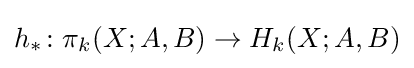
h_{*}\colon \pi _{k}(X;A,B)\to H_{k}(X;A,B)